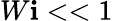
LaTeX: W\mathbf{i}<<1